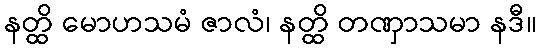
နတ္ထိ မောဟသမံ ဇာလံ၊ နတ္ထိ တဏှာသမာ နဒီ။